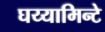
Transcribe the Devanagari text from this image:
घय्यामिन्टे